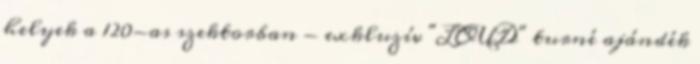
helyek a 120-as szektorban - exkluzív "LOUD" turné ajándék